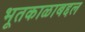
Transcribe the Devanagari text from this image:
भूतकाळाबद्दल